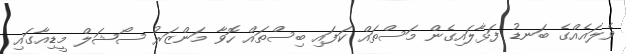
ވެލައެއްގެ ބަނޑު ފަޅާލައިގެން މަސްތައް ކަފައި ބިސްތައް ހޮވާ މަންޒަރު ސޯޝަލް މީޑިއާގައި